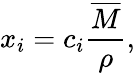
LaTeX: x_{i}=c_{i}{\frac{\overline{{M}}}{\rho}},